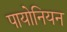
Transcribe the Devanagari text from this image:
पायोनियन